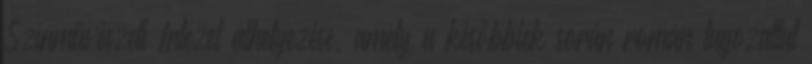
Színművészeti Intézet áthelyezése, amely a későbbiek során román tagozattal